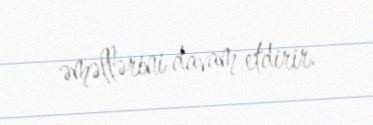
əməllərini davam etdirir.